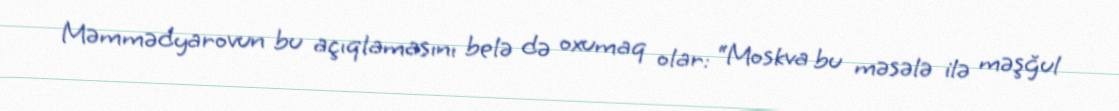
Məmmədyarovun bu açıqlamasını belə də oxumaq olar: “Moskva bu məsələ ilə məşğul